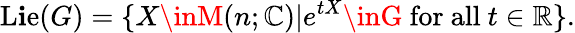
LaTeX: \operatorname{L\mathbf{i}e}(G)=\{ X\inM(n;\mathbb{{C}})|e^{tX}\inG{\mathrm{{~for~all~}}}t\in\mathbb{{\mathbb{{R}}}}\} .